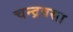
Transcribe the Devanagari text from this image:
चन्द्रवसा